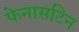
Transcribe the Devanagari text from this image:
फेनासटिन